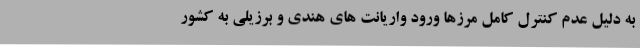
به دلیل عدم کنترل کامل مرزها ورود واریانت های هندی و برزیلی به کشور